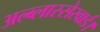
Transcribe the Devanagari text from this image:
अल्ब्लास्सेरवार्ड।